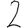
Digit: 2